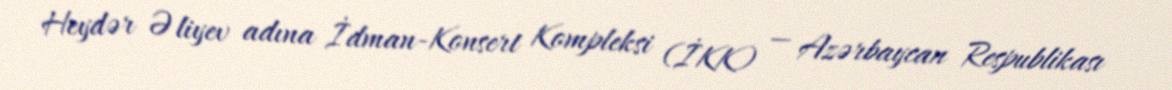
Heydər Əliyev adına İdman-Konsert Kompleksi (İKK) — Azərbaycan Respublikası